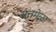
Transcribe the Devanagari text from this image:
संतमेळा